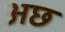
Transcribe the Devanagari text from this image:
अछ